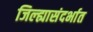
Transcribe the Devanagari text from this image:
जिल्ह्यासंदर्भात